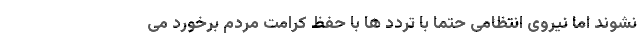
نشوند اما نیروی انتظامی حتما با تردد ها با حفظ کرامت مردم برخورد می